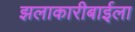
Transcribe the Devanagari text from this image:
झलाकारीबाईला